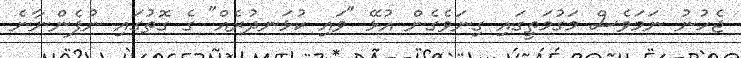
ޖެހުނު ނަމަވެސް މަގުމަތީގައި ގިނަވެގެން އުޅޭ "ވައި ކުޅަނދުރެއް" ގެ ގޮތުގައި ނުފެންނާނެ